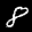
Label: 8